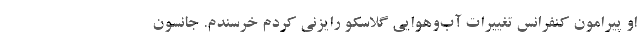
او پیرامون کنفرانس تغییرات آب‌وهوایی گلاسکو رایزنی کردم خرسندم. جانسون